Document type: Endowment
Year: 1330
Scribe: Arnau [Delpàs]
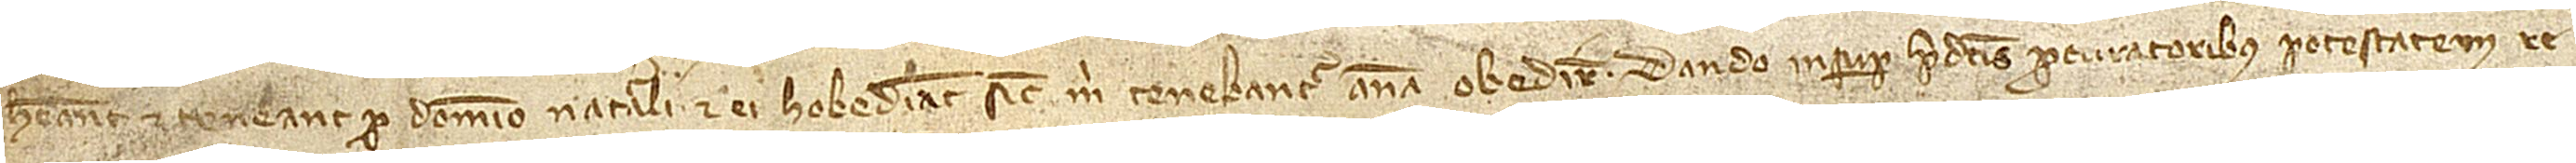
habeant et teneant pro domino naturali et ei hobediant sicut mihi tenebantur anima obedire. Dando insuper predictis procuratoribus potestatem re-